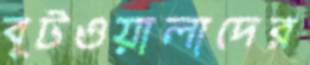
বুটওয়ালাদের